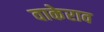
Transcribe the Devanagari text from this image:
वाकेराव